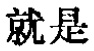
就是